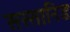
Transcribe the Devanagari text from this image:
सस्सानिड